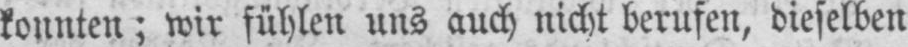
konnten; wir fühlen uns auch nicht berufen, dieselben